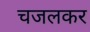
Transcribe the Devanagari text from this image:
चजलकर